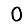
Digit: 0